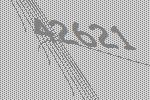
42621